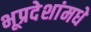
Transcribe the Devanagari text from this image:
भूप्रदेशांमधे